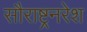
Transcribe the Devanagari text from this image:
सौराष्ट्रनरेश